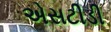
એસટીડી